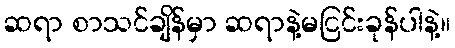
ဆရာ စာသင်ချိန်မှာ ဆရာနဲ့မငြင်းခုန်ပါနဲ့။